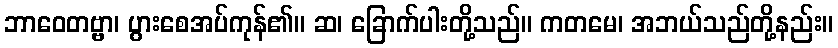
ဘာဝေတဗ္ဗာ၊ ပွားစေအပ်ကုန်၏။ ဆ၊ ခြောက်ပါးတို့သည်။ ကတမေ၊ အဘယ်သည်တို့နည်း။